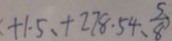
+ 1 . 5 , + 2 7 8 . 5 4 , \frac { 5 } { 8 }